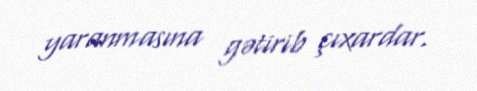
yaranmasına gətirib çıxardar.